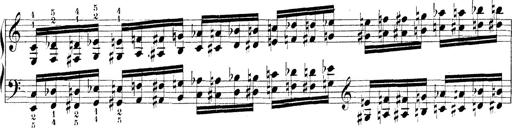
Title: Technische Studien
Composer: Franz Liszt